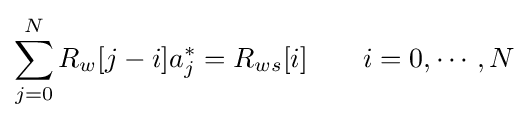
\sum _{j=0}^{N}R_{w}[j-i]a_{j}^{*}=R_{ws}[i]\qquad i=0,\cdots ,N